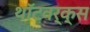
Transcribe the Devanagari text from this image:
थॉटवर्क्स